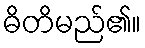
ဓိတိမည်၏။